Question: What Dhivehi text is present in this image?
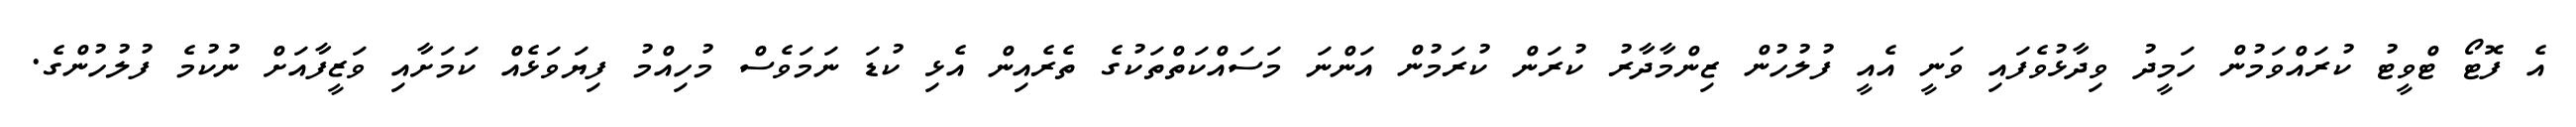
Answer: އެ ފޮޓޯ ޓްވީޓު ކުރައްވަމުން ހަމީދު ވިދާޅުވެފައި ވަނީ އެއީ ފުލުހުން ޒިންމާދާރު ކުރަން ކުރަމުން އަންނަ މަސައްކަތްތަކުގެ ތެރެއިން އެޅި ކުޑަ ނަމަވެސް މުހިއްމު ފިޔަވަޅެއް ކަމަށާއި ވަޒީފާއަށް ނުކުމެ ފުލުހުންގެ.